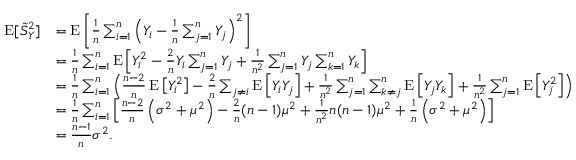
{ \begin{array} { r l } { \operatorname { E } [ { \tilde { S } } _ { Y } ^ { 2 } ] } & { = \operatorname { E } \left[ { \frac { 1 } { n } } \sum _ { i = 1 } ^ { n } \left( Y _ { i } - { \frac { 1 } { n } } \sum _ { j = 1 } ^ { n } Y _ { j } \right) ^ { 2 } \right] } \\ & { = { \frac { 1 } { n } } \sum _ { i = 1 } ^ { n } \operatorname { E } \left[ Y _ { i } ^ { 2 } - { \frac { 2 } { n } } Y _ { i } \sum _ { j = 1 } ^ { n } Y _ { j } + { \frac { 1 } { n ^ { 2 } } } \sum _ { j = 1 } ^ { n } Y _ { j } \sum _ { k = 1 } ^ { n } Y _ { k } \right] } \\ & { = { \frac { 1 } { n } } \sum _ { i = 1 } ^ { n } \left( { \frac { n - 2 } { n } } \operatorname { E } \left[ Y _ { i } ^ { 2 } \right] - { \frac { 2 } { n } } \sum _ { j \neq i } \operatorname { E } \left[ Y _ { i } Y _ { j } \right] + { \frac { 1 } { n ^ { 2 } } } \sum _ { j = 1 } ^ { n } \sum _ { k \neq j } ^ { n } \operatorname { E } \left[ Y _ { j } Y _ { k } \right] + { \frac { 1 } { n ^ { 2 } } } \sum _ { j = 1 } ^ { n } \operatorname { E } \left[ Y _ { j } ^ { 2 } \right] \right) } \\ & { = { \frac { 1 } { n } } \sum _ { i = 1 } ^ { n } \left[ { \frac { n - 2 } { n } } \left( \sigma ^ { 2 } + \mu ^ { 2 } \right) - { \frac { 2 } { n } } ( n - 1 ) \mu ^ { 2 } + { \frac { 1 } { n ^ { 2 } } } n ( n - 1 ) \mu ^ { 2 } + { \frac { 1 } { n } } \left( \sigma ^ { 2 } + \mu ^ { 2 } \right) \right] } \\ & { = { \frac { n - 1 } { n } } \sigma ^ { 2 } . } \end{array} }